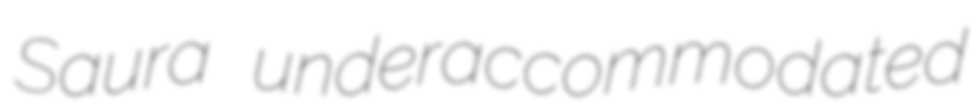
Saura underaccommodated